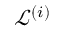
\mathcal { L } ^ { ( i ) }